Indian journal of veterinary science and animal husbandry - Volume 3,
Year: 1933
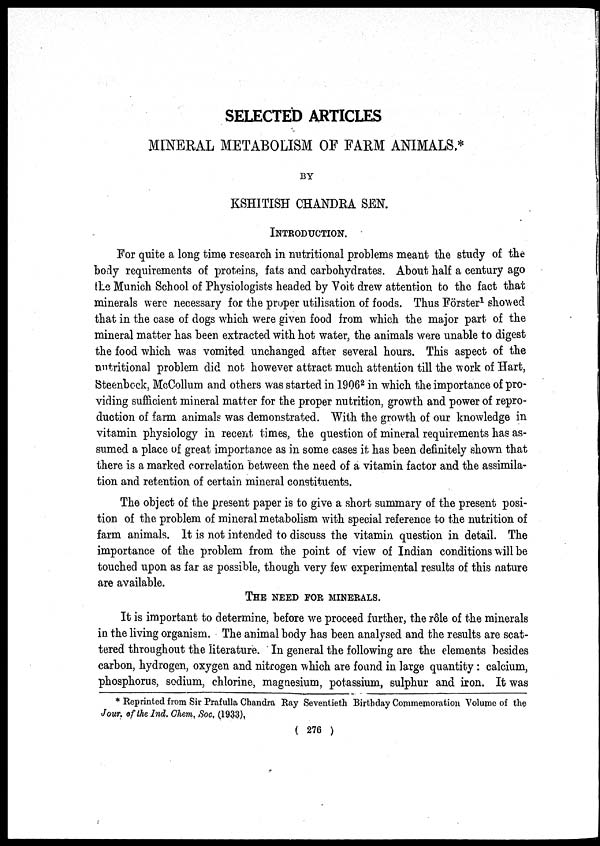
SELECTED ARTICLES
MINERAL METABOLISM OF FARM ANIMALS.*
BY
KSHITISH CHANDRA SEN.
INTRODUCTION.
For quite a long time research in nutritional problems meant the study of the
body requirements of proteins, fats and carbohydrates. About half a century ago
the Munich School of Physiologists headed by Voit drew attention to the fact that
minerals were necessary for the proper utilisation of foods. Thus Förster 1 showed
that in the case of dogs which were given food from which the major part of the
mineral matter has been extracted with hot water, the animals were unable to digest
the food which was vomited unchanged after several hours. This aspect of the
nutritional problem did not however attract much attention till the work of Hart,
Steenbock, McCollum and others was started in 1906 2 in which the importance of pro-
viding sufficient mineral matter for the proper nutrition, growth and power of repro-
duction of farm animals was demonstrated. With the growth of our knowledge in
vitamin physiology in recent times, the question of mineral requirements has as-
sumed a place of great importance as in some cases it has been definitely shown that
there is a marked correlation between the need of a vitamin factor and the assimila-
tion and retention of certain mineral constituents.
The object of the present paper is to give a short summary of the present posi-
tion of the problem of mineral metabolism with special reference to the nutrition of
farm animals. It is not intended to discuss the vitamin question in detail. The
importance of the problem from the point of view of Indian conditions will be
touched upon as far as possible, though very few experimental results of this nature
are available.
THE NEED FOR MINERALS.
It is important to determine, before we proceed further, the rôle of the minerals
in the living organism. The animal body has been analysed and the results are scat-
tered throughout the literature. In general the following are the elements besides
carbon, hydrogen, oxygen and nitrogen which are found in large quantity: calcium,
phosphorus, sodium, chlorine, magnesium, potassium, sulphur and iron. It was
* Reprinted from Sir Prafulla Chandra Ray Seventieth Birthday Commemoration Volume of the
Jour. of the Ind. Chem. Soc. (1933).
( 276 )